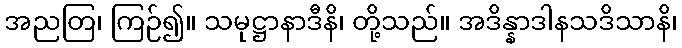
အညတြ၊ ကြဉ်၍။ သမုဋ္ဌာနာဒီနိ၊ တို့သည်။ အဒိန္နာဒါနသဒိသာနိ၊